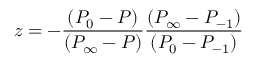
z = - \frac { ( P _ { 0 } - P ) } { ( P _ { \infty } - P ) } \frac { ( P _ { \infty } - P _ { - 1 } ) } { ( P _ { 0 } - P _ { - 1 } ) }